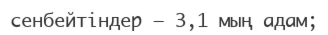
сенбейтіндер — 3,1 мың адам;